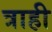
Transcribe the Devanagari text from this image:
त्राही